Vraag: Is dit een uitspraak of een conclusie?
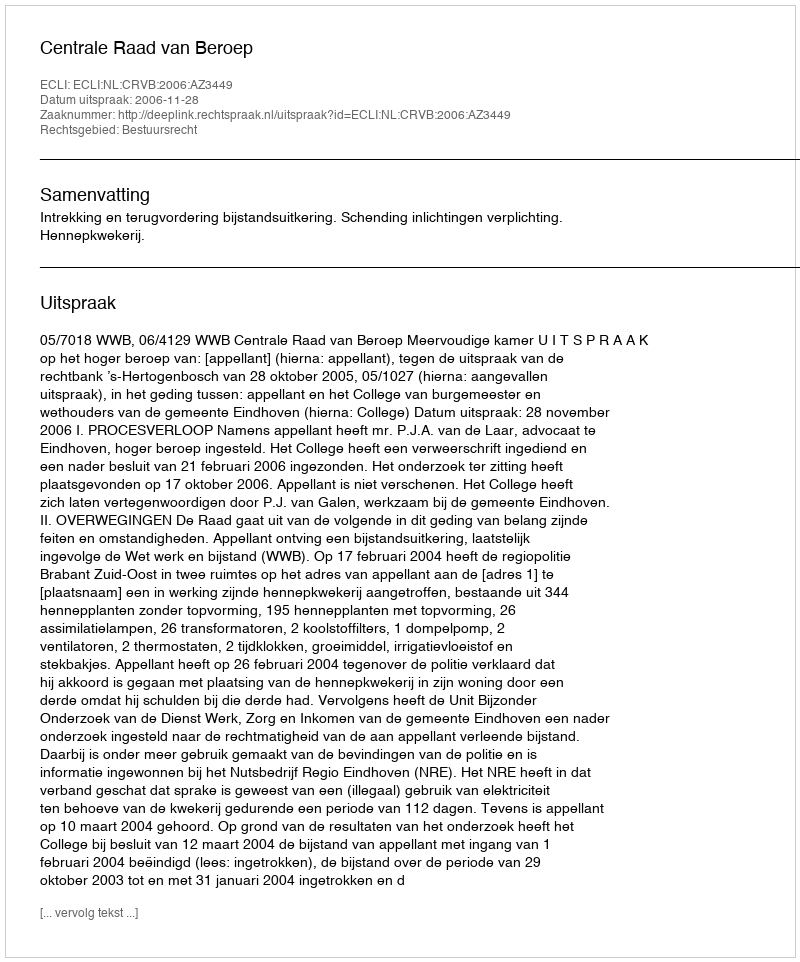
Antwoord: Uitspraak